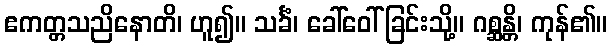
ဧကတ္တသညိနောတိ၊ ဟူ၍။ သင်္ခံ၊ ခေါ်ဝေါ်ခြင်းသို့။ ဂစ္ဆန္တိ၊ ကုန်၏။